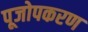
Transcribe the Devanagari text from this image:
पूजोपकरण